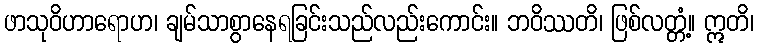
ဖာသုဝိဟာရောဟ၊ ချမ်သာစွာနေရခြင်းသည်လည်းကောင်း။ ဘဝိဿတိ၊ ဖြစ်လတ္တံ့။ ဣတိ၊